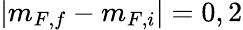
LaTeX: |m_{F,f}-m_{F,i}|=0,2